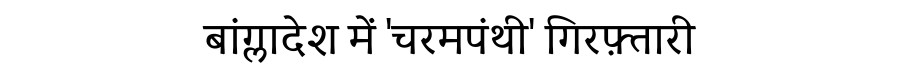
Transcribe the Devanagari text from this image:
बांग्लादेश में 'चरमपंथी' गिरफ़्तारी